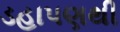
ડહાપણથી